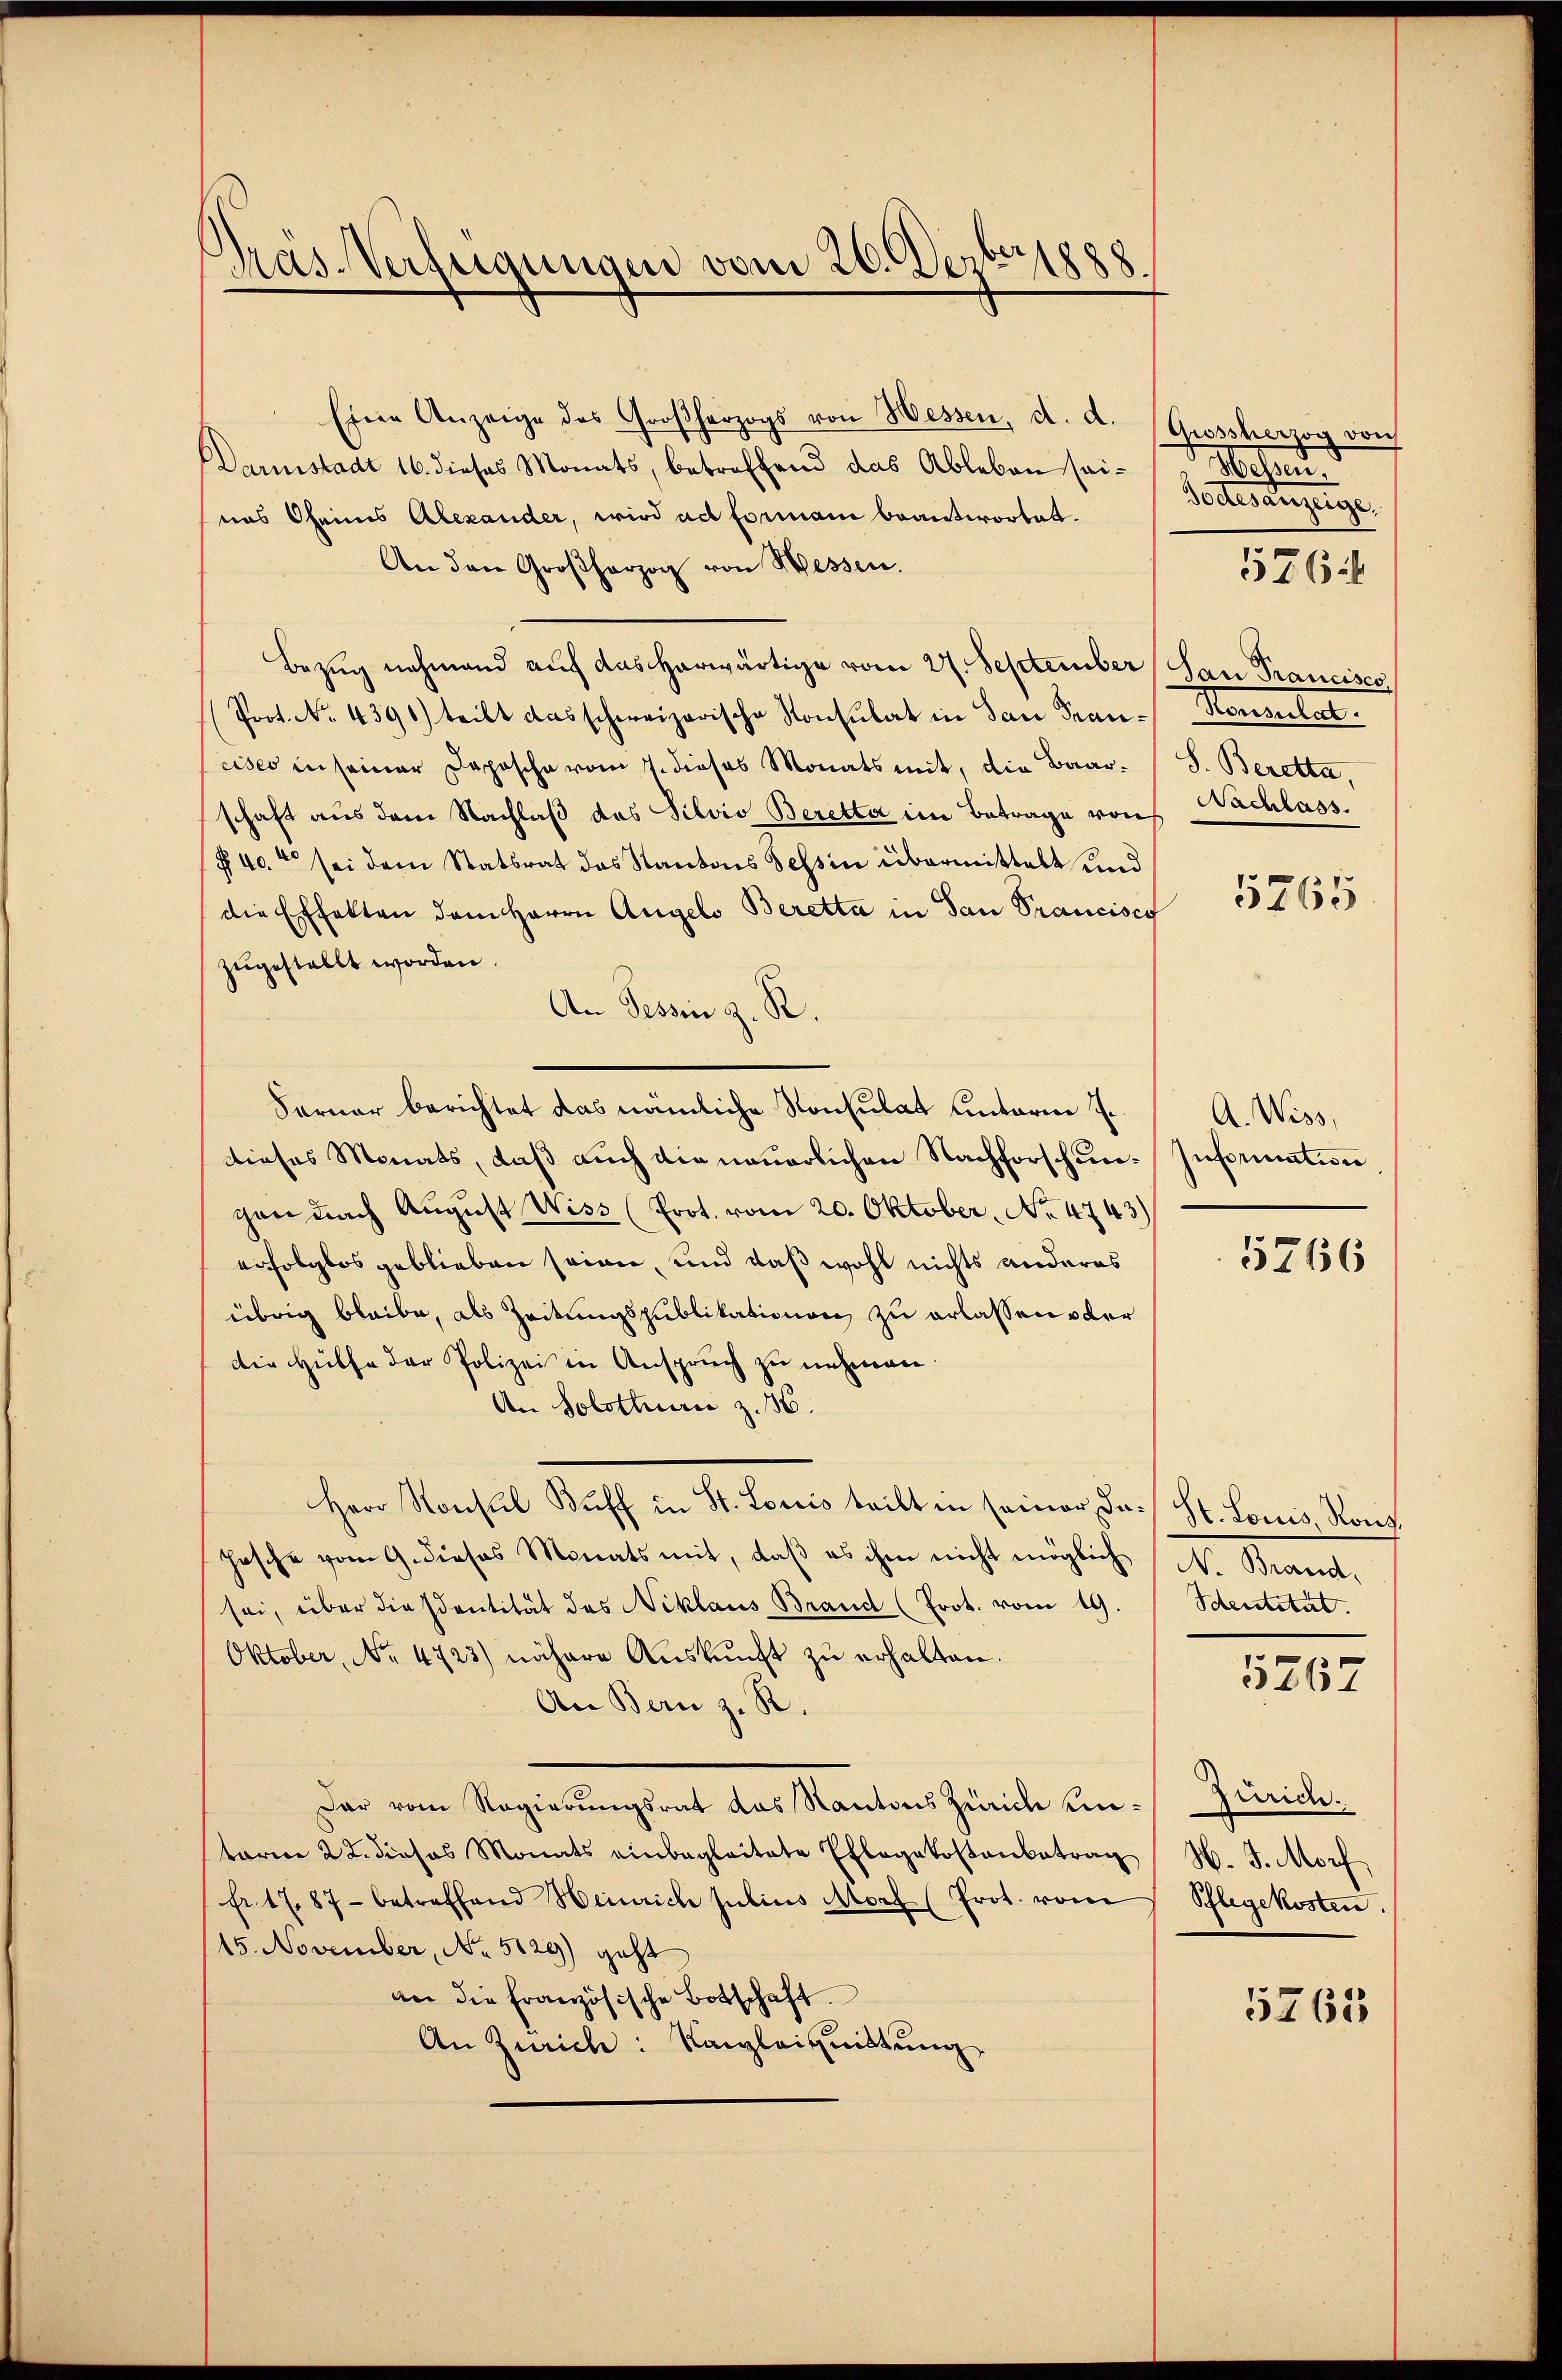
Pras-Verfügungen vom 26. Dezbrie

Eine Anzeige des Großherzogs von Hessen, d. d. Grossherzog vor
Darmstadt 16. dieses Monats, betreffend das Ableben seinas Oheims Alexander, wird ad Formann beantwortet.
An den Großherzog von Wessen.
Bezug nehmend auf das herwärtige vom 27. September (Han Francisco
Prot. No. 4391) teilt das schweizerische Konsulat in dan Pran- Konsulat
cises in seiner Deposche vom 7. dieses Monats mit, die Baarschaft aus dem Nachlaß das Silvio Beretta im Betrage von Nachlass.
§ 40. sei dem Statsrat das Kantons Tessin übermittelt und
die Effekten dem Herrn Angels Beretta in dan Prancisco
zugestellt worden.
An Tessin z. R.
Forner berichtet das nämliche Konsulat unterm 7.
dieses Monats, daß auch die neuerlichen Nachforschun- Information
cen nach August Wiss (Prot. vom 20. Oktober, No 4743)
erfolglos geblieben seien, und daß wohl nichts anderes
übrig bleibe, als Zeitungspublikationen zu erlassen der
die Hülfe der Polizei in Anspruch zu nehmen
An Solothurn z. 36.
Herr Konsul Kŭff in St. Louis teilt in seiner das St. Louis, Rong.
Jasche vom 9. dieses Monats mit, daβ es ihm nicht möglich N. Brand,
sei, über diesentität des Niklaus Brand (Prot. vom 19. Sentität.
Oktober, No 4723) nähere Aŭskŭnft zu erhalten.
An Bern z. R.
dar vom Regierungsrat das Kantons Zürich einterm 22. dieses Monats einbegleitete Ehlegekostenbetrag H. J. Morf
fr. 1787 betreffend Heinrich julius Morf (Prot. vom Pflegekosten.
15. November, No 5129) geht
an die Französische Botschaft.
An Zürich: Kanzleiquittung

Messen.
Dottesanzeige
S. Beretta,

5761

5765

A. Wiss

5766

5267

Zürich.
5265